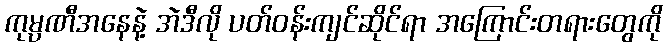
ကုမ္ပဏီအနေနဲ့ အဲဒီလို ပတ်ဝန်းကျင်ဆိုင်ရာ အကြောင်းတရားတွေကို